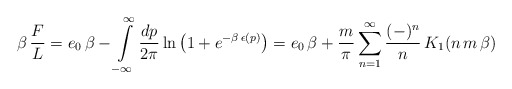
\begin{align*}\beta\,{F\over L} = e_0\,\beta -\int\limits_{-\infty}^\infty {dp\over 2\pi} \ln\left(1+ e^{-\beta\,\epsilon(p)}\right) = e_0\, \beta + {m\over\pi} \sum_{n=1}^\infty {(-)^n\over n}\,K_1(n\,m\,\beta)\end{align*}